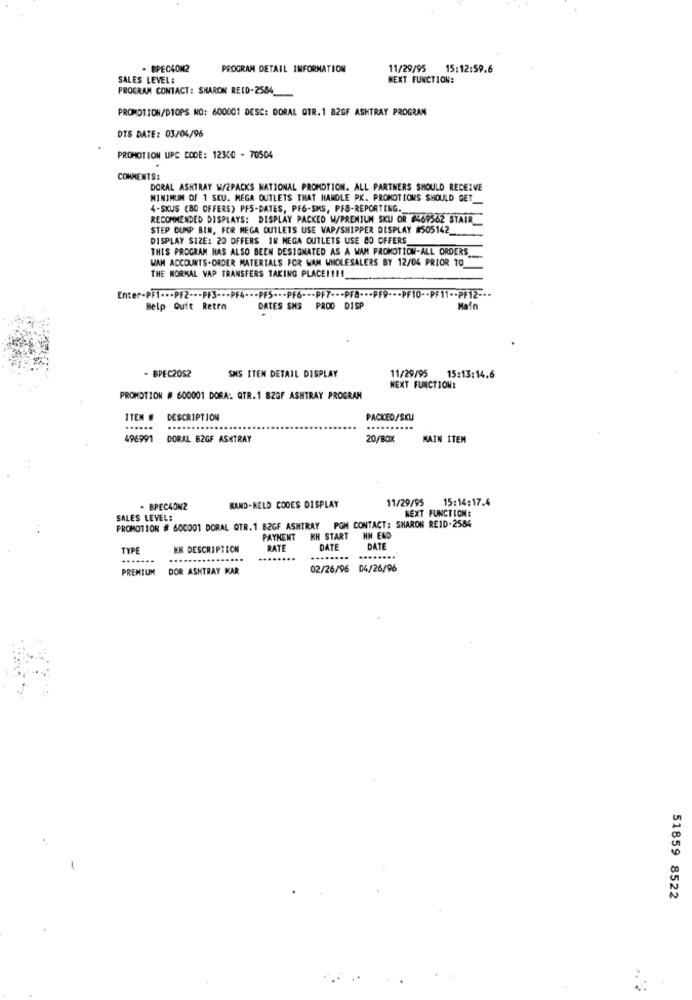
. BPEC4ON2
PROGRAM DETAIL INFORMATION
11/29/95
15:12:59.6
SALES LEVEL:
NEXT FUNCTION:
PROGRAM CONTACT: SHARON REID-2584_
PROMOTION/DTOPS NO: 600001 DESC: DORAL OTR. 1 82GF ASHTRAY PROGRAN
DTS DATE: 03/04/96
PROMOTION UPC CODE: 12300 - 70504
COMMENTS:
DORAL ASHTRAY W/2PACKS NATIONAL PROMOTION. ALL PARTNERS SHOULD RECEIVE
MINIMUM OF 1 SKU. MEGA OUTLETS THAT HANDLE PK. PROMOTIONS SHOULD GET_
4-SKUS (BO OFFERS) PFS-DATES, PF6-SMS, PFS-REPORTING ._
RECOMMENDED DISPLAYS: DISPLAY PACKED W/PREMIUM SKU OR 2469562 STAIR
STEP DUMP BIN, FOR MEGA OUTLETS USE VAP/SHIPPER DISPLAY #505142_
DISPLAY SIZE: 20 OFFERS IN NEGA OUTLETS USE 80 OFFERS_
THIS PROGRAM HAS ALSO BEEN DESIGNATED AS A WAM PROMOTION-ALL ORDERS
WAM ACCOUNTS-ORDER MATERIALS FOR WAN WHOLESALERS BY 12/04 PRIOR TO
THE NORMAL VAP TRANSFERS TAKING PLACE !!!!
Enter-PF1 ..- PF2 --- PF3 --- PF4 --- PF5 --- PF6 --- PF7 --- PF8 --- PF9 ---
F10 -- PF11 -- PF12 --
Help Quit Retro
DATES SMS PROD DISP
Main
- BPEC2052
SMS ITEN DETAIL DISPLAY
11/29/95 15:13:14.6
NEXT FUNCTION:
PROMOTION # 600001 DORA: QTR.1 82GF ASHTRAY PROGRAM
ITEM # DESCRIPTION
PACKED/SKU
......
496991 DORAL B2GF ASHTRAY
20/80X
MAIN ITEM
11/29/95 15:14:17.4
. BPEC4ON2
KAND-HELD COOES DISPLAY
PROMOTION # 600001 DORAL OTR.1 B2GF ASHTRAY PGM CONTACT: SHARON REID-2584
SALES LEVEL:
NEXT FUNCTION:
PAYMENT KH START HH END
TYPE
EN DESCRIPTION
RATE
DATE
DATE
........
PREMIUM
DOR ASHTRAY KAR
02/26/96 04/26/96
51859 8522